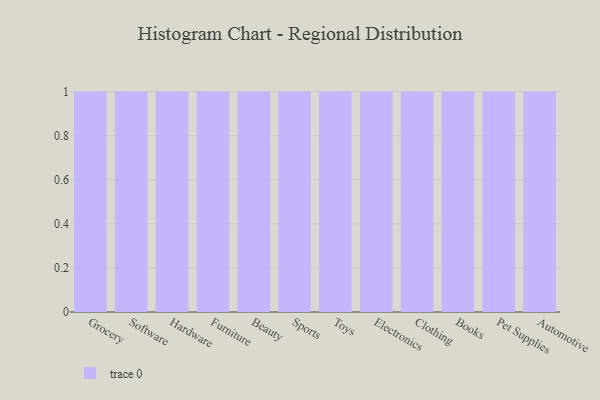
{"axis": {"x": "Category", "y": "Backlog"}, "legend": [""], "data": [{"x": "Grocery", "y": 27, "type": ""}, {"x": "Software", "y": 4, "type": ""}, {"x": "Hardware", "y": 88, "type": ""}, {"x": "Furniture", "y": 98, "type": ""}, {"x": "Beauty", "y": 30, "type": ""}, {"x": "Sports", "y": 97, "type": ""}, {"x": "Toys", "y": 95, "type": ""}, {"x": "Electronics", "y": 41, "type": ""}, {"x": "Clothing", "y": 35, "type": ""}, {"x": "Books", "y": 17, "type": ""}, {"x": "Pet Supplies", "y": 23, "type": ""}, {"x": "Automotive", "y": 40, "type": ""}]}